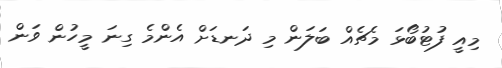
މިއީ ފުޓުބޯޅަ މެޗެއް ބަލަން މި ދަނޑަށް އެންމެ ގިނަ މީހުން ވަން